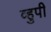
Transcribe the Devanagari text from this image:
व्हुपी